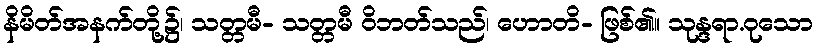
နိမိတ်အနက်တို့၌၊ သတ္တမီ- သတ္တမီ ဝိဘတ်သည်၊ ဟောတိ- ဖြစ်၏။ သုန္ဒရာ.ဝုသော